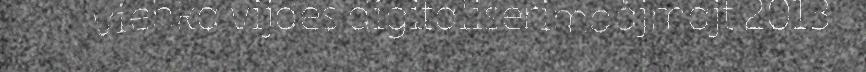
viehka vijdes digitaliserimdåjmajt 2013